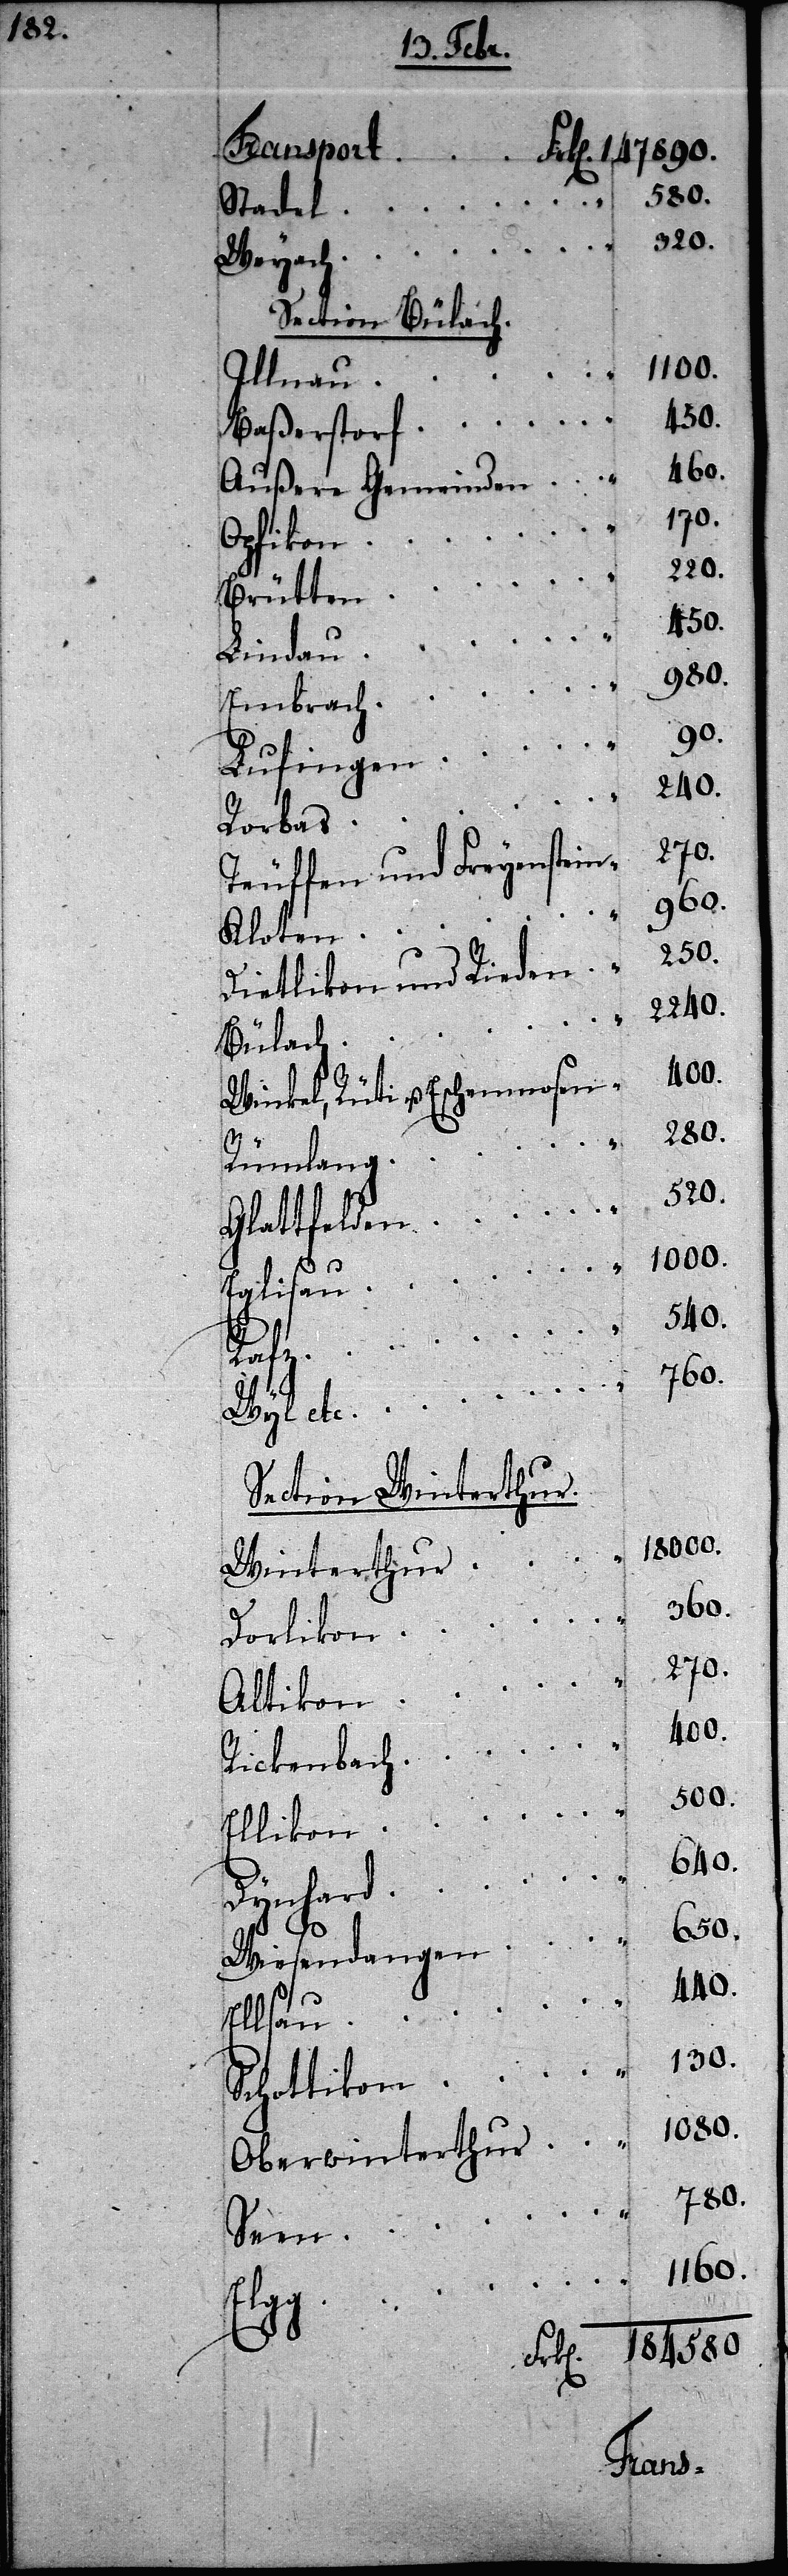
580.
“
Stadel
Section Bülach.
100.
Illnau
Baßerstorf
460.
Außere Gemeinden
170.
Opfikon
220.
Brütten
450.
Lindau
1160.
Embrach
90.
Lufingen
240.
Rorbas
Teuffen und Freyenstein
960.
Kloten
Dietlikon und Rieden
2240.
Bülach
400.
Winkel, Rüti u. Eschenmosen
280.
Rümlang
520.
Glattfelden
540.
Section Winterthur.
18000.
Winterthur
360.
Dorlikon
270.
Altikon
Rickenbach
500.
Ellikon
640.
130.
Wiesendangen
440.
1080.
Oberwinterthur
780.
Seen
184580
etc.
Trans¬